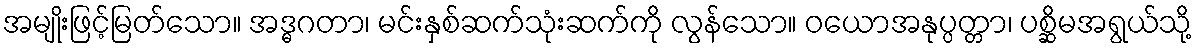
အမျိုးဖြင့်မြတ်သော။ အဒ္ဓဂတာ၊ မင်းနှစ်ဆက်သုံးဆက်ကို လွန်သော။ ဝယောအနုပ္ပတ္တာ၊ ပစ္ဆိမအရွယ်သို့